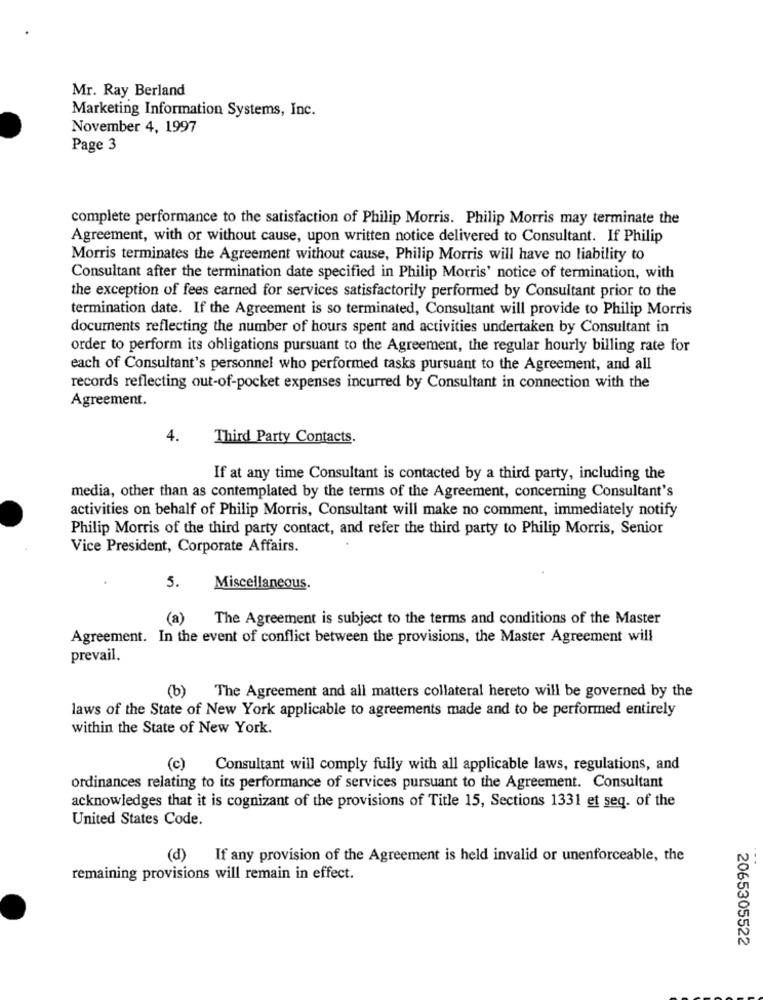
Mr. Ray Berland
Marketing Information Systems, Inc.
November 4, 1997
Page 3
complete performance to the satisfaction of Philip Morris. Philip Morris may terminate the
Agreement, with or without cause, upon written notice delivered to Consultant. If Philip
Morris terminates the Agreement without cause, Philip Morris will have no liability to
Consultant after the termination date specified in Philip Morris' notice of termination, with
the exception of fees earned for services satisfactorily performed by Consultant prior to the
termination date. If the Agreement is so terminated, Consultant will provide to Philip Morris
documents reflecting the number of hours spent and activities undertaken by Consultant in
order to perform its obligations pursuant to the Agreement, the regular hourly billing rate for
each of Consultant's personnel who performed tasks pursuant to the Agreement, and all
records reflecting out-of-pocket expenses incurred by Consultant in connection with the
Agreement.
4.
Third Party Contacts.
If at any time Consultant is contacted by a third party, including the
media, other than as contemplated by the terms of the Agreement, concerning Consultant's
activities on behalf of Philip Morris, Consultant will make no comment, immediately notify
Philip Morris of the third party contact, and refer the third party to Philip Morris, Senior
Vice President, Corporate Affairs.
5.
Miscellaneous.
(a)
The Agreement is subject to the terms and conditions of the Master
Agreement. In the event of conflict between the provisions, the Master Agreement will
prevail.
(b)
The Agreement and all matters collateral hereto will be governed by the
laws of the State of New York applicable to agreements made and to be performed entirely
within the State of New York.
(c) Consultant will comply fully with all applicable laws, regulations, and
ordinances relating to its performance of services pursuant to the Agreement. Consultant
acknowledges that it is cognizant of the provisions of Title 15, Sections 1331 et seq. of the
United States Code.
(d) If any provision of the Agreement is held invalid or unenforceable, the
remaining provisions will remain in effect.
2065305522